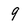
Character: 9